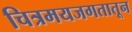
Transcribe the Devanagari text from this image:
चित्रमयजगतातून